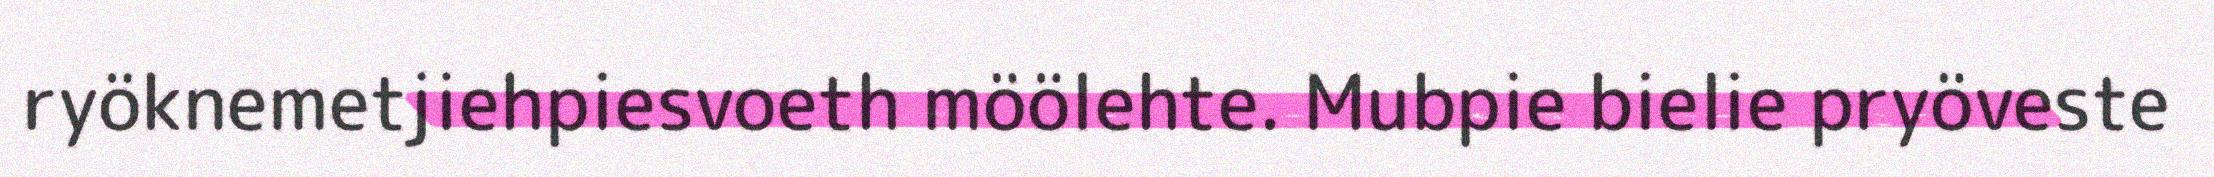
ryöknemetjiehpiesvoeth möölehte. Mubpie bielie pryöveste